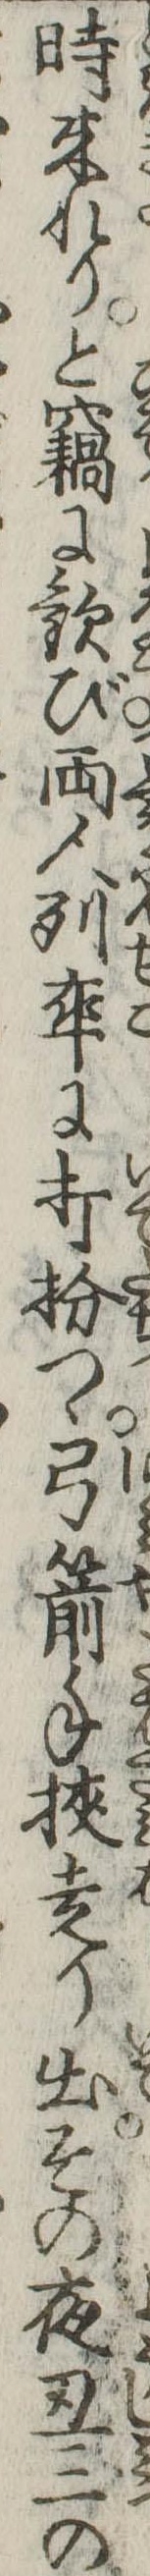
時来れりと竊に歓び両人列卒に打扮つゝ弓箭手挟走り出その夜丑三の